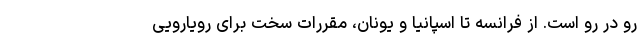
رو در رو است. از فرانسه تا اسپانیا و یونان، مقررات سخت برای رویارویی